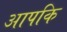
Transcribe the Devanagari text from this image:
आपकि